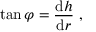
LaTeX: \tan \varphi = { \frac { \mathrm { d } h } { \mathrm { d } r } } \ ,